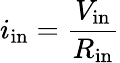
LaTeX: i_{\mathrm{in}}={\frac{V_{\mathrm{in}}}{R_{\mathrm{in}}}}